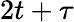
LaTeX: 2t+\tau